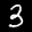
Label: 3